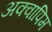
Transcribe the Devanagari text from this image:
अक्वापिम